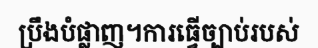
ប្រឹងបំផ្លាញ។ការធ្វើច្បាប់របស់